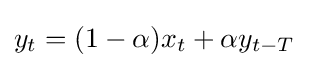
y_{t}=(1-\alpha )x_{t}+\alpha y_{t-T}